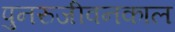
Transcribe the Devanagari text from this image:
पुनरुजीवनकाल